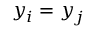
y _ { i } = y _ { j }